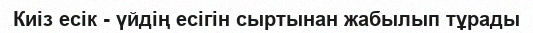
Киіз есік - үйдің есігін сыртынан жабылып тұрады